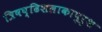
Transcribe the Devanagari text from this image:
त्रिषष्ढिशलाकापुरुश